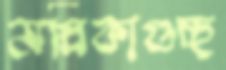
মল্লিকাগুচ্ছ